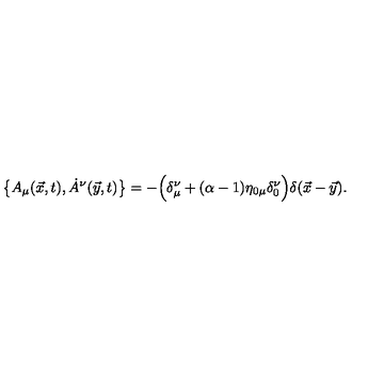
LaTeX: \bigl \{ A _ { \mu } ( \vec { x } , t ) , \dot { A } ^ { \nu } ( \vec { y } , t ) \bigr \} = - \Bigl ( \delta _ { \mu } ^ { \nu } + ( \alpha - 1 ) \eta _ { 0 \mu } \delta _ { 0 } ^ { \nu } \Bigr ) \delta ( \vec { x } - \vec { y } ) .